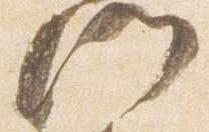
門